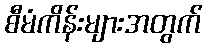
စီမံကိန်းများအတွက်